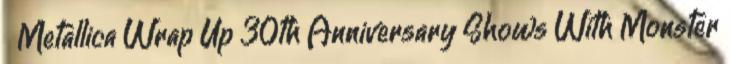
↑ Metallica Wrap Up 30th Anniversary Shows With Monster